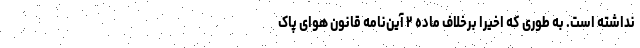
نداشته است. به طوری که اخیرا برخلاف ماده ۲ آین‌نامه قانون هوای پاک